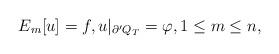
LaTeX: \begin{align*}E_m[u]=f,u\arrowvert _{\partial^{\prime}Q_T} =\varphi,1\le m\le n,\end{align*}